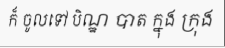
ក៏ ចូលទៅ បិណ្ឌ បាត ក្នុង ក្រុង